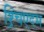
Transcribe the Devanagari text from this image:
श्र्चिएदम